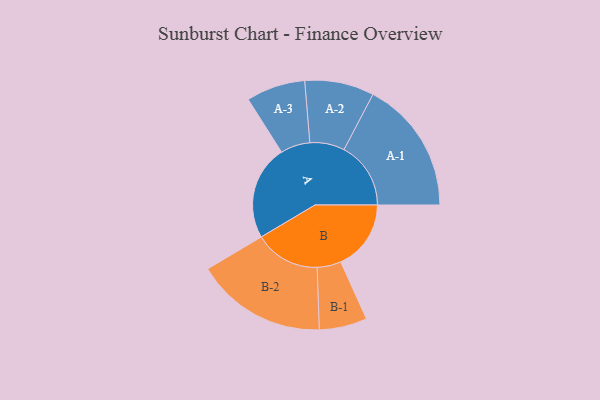
{"axis": {"x": "Segment", "y": "Value"}, "legend": ["", "A", "B"], "data": [{"x": "A", "y": 404, "type": ""}, {"x": "B", "y": 300, "type": ""}, {"x": "A-1", "y": 285, "type": "A"}, {"x": "A-2", "y": 148, "type": "A"}, {"x": "A-3", "y": 126, "type": "A"}, {"x": "B-1", "y": 102, "type": "B"}, {"x": "B-2", "y": 280, "type": "B"}]}